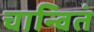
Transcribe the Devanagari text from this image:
चान्वितं